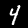
Digit: 4